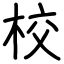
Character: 校